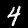
Digit: 4